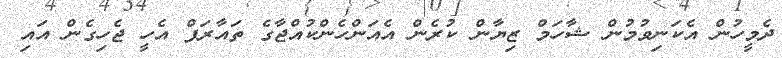
ދެމީހުން އެކަނިވުމުން ޝާހަމް ޒިޔާން ކުރެން އެއަންހެންކުއްޖާގެ ތައާރަފް އެހީ ޖެހިގެން އައި